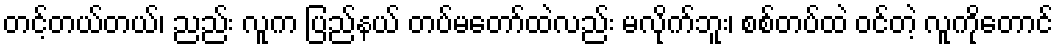
တင့်တယ်တယ်၊ ညည်း လူက ပြည်နယ် တပ်မတော်ထဲလည်း မလိုက်ဘူး၊ စစ်တပ်ထဲ ဝင်တဲ့ လူကိုတောင်